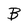
Character: B